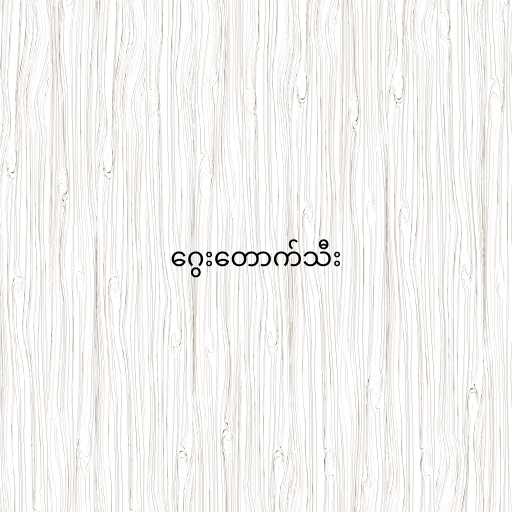
ဂွေးတောက်သီး